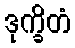
ဒုက္ခိတံ